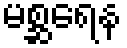
မစ္ဆရေန